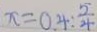
x = 0 4 : \frac { 5 } { 4 }